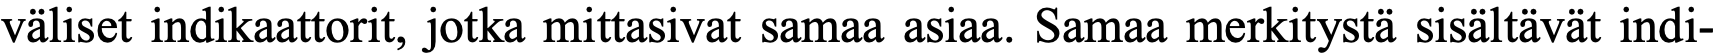
väliset indikaattorit, jotka mittasivat samaa asiaa. Samaa merkitystä sisältävät indi-